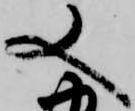
又